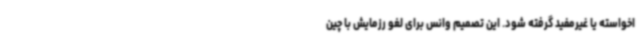
اخواسته یا غیرمفید گرفته شود. این تصمیم وانس برای لغو رزمایش با چین